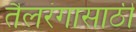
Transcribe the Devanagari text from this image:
तैलरंगासाठी